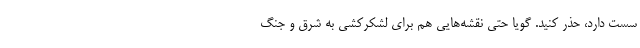
سست دارد، حذر کنید. گویا حتی نقشه‌هایی هم برای لشکرکشی به شرق و جنگ